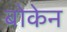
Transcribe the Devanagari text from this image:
बोकेन